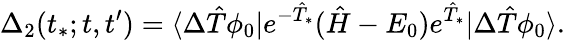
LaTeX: \Delta_{2}(t_{*};t,t^{\prime})=\langle\Delta\hat{T}\phi_{0}|e^{-\hat{T}_{*}}(\hat{H}-E_{0})e^{\hat{T}_{*}}|\Delta\hat{T}\phi_{0}\rangle.